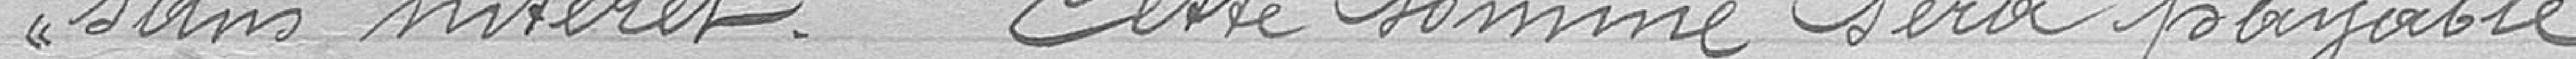
sans intérêt. Cette somme sera payable